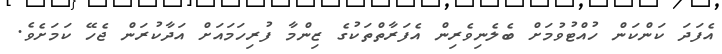
އެފަދަ ކަންކަން ހުއްޓުވުމަށް ބެލެނިވެރިން އެފަރާތްތަކުގެ ޒިންމާ ފުރިހަމައަށް އަދާކުރަން ޖެހޭ ކަމަށެވެ.